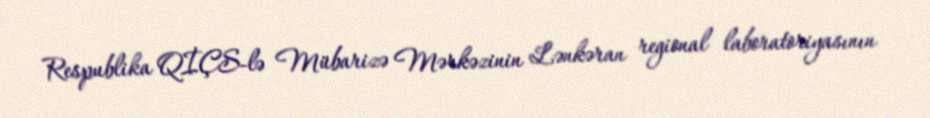
Respublika QİÇS-lə Mübarizə Mərkəzinin Lənkəran regional laboratoriyasının